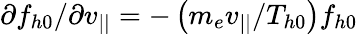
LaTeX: \partial f_{h0}/\partial v_{||}=-\left(m_{e}v_{||}/T_{h0}\right)f_{h0}